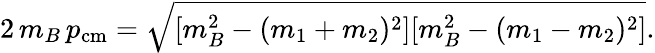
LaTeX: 2\, m_{B}\, p_{\mathrm{cm}}=\sqrt{[m_{B}^{2}-(m_{1}+m_{2})^{2}][m_{B}^{2}-(m_{1}-m_{2})^{2}]}.